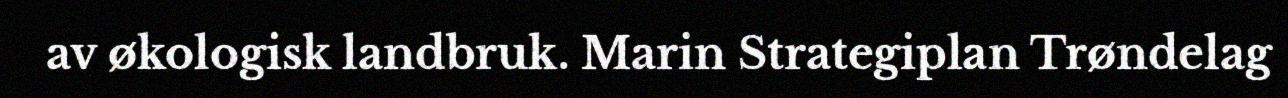
av økologisk landbruk. Marin Strategiplan Trøndelag